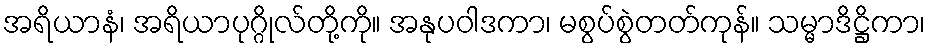
အရိယာနံ၊ အရိယာပုဂ္ဂိုလ်တို့ကို။ အနုပဝါဒကာ၊ မစွပ်စွဲတတ်ကုန်။ သမ္မာဒိဋ္ဌိကာ၊